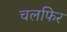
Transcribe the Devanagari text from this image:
चलफिर